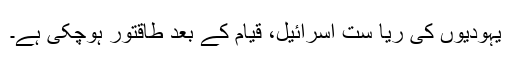
یہودیوں کی ریا ست اسرائیل، قیام کے بعد طاقتور ہوچکی ہے۔